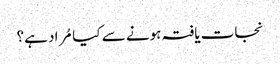
نجات یافتہ ہونے سے کیا مُراد ہے؟